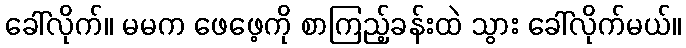
ခေါ်လိုက်။ မမက ဖေဖေ့ကို စာကြည့်ခန်းထဲ သွား ခေါ်လိုက်မယ်။